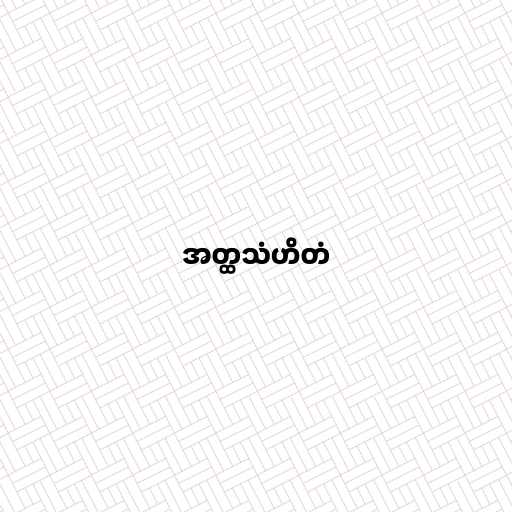
အတ္ထသံဟိတံ